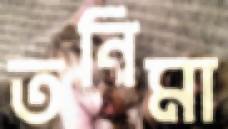
তনিমা